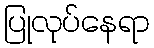
ပြုလုပ်နေရာ